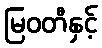
မြဝတီနှင့်